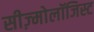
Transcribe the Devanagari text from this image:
सीज़्मोलॉजिस्ट